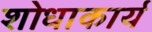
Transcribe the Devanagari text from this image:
शोधाकार्य